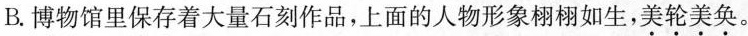
B.博物馆里保存着大量石刻作品，上面的人物形象栩栩如生，美轮美奂。